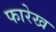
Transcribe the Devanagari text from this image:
फारेख